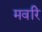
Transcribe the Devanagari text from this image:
मवरि